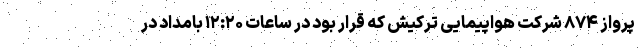
پرواز ۸۷۴ شرکت هواپیمایی ترکیش که قرار بود در ساعات ۱۲:۲۰ بامداد در